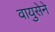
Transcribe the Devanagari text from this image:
वायुसेने